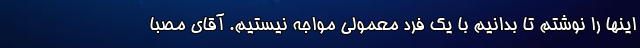
اینها را نوشتم تا بدانیم با یک فرد معمولی مواجه نیستیم. آقای مصبا